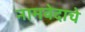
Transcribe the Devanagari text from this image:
नामवेदाचे